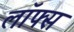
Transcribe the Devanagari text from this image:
लॉफ्स